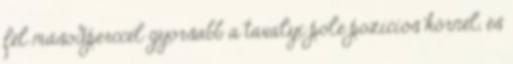
fél másodperccel gyorsabb a tavalyi pole pozíciós körnél, és